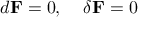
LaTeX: d { \bf F } = 0 , \; \; \; \; \delta { \bf F } = 0